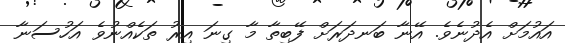
އައުމަށް އެދުނެވެ. އޭނާ ބަނދަރަށް ފޭބިތާ މާ ގިނަ އިރު ތަކެއްނުވެ އަހުސަނާ